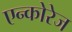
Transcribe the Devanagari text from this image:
एन्कोरेज